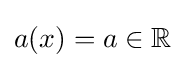
a(x)=a\in \mathbb {R}